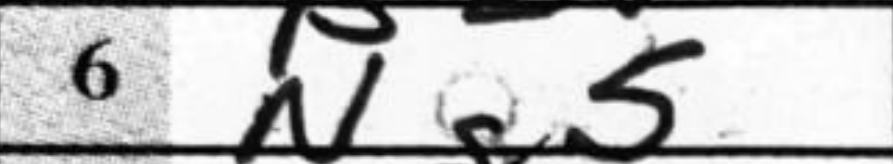
Transcription: Ng5